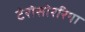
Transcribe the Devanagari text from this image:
टेरोसोररिया